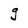
Character: g